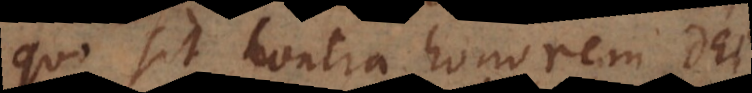
quo sit contra honorem Dei,